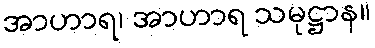
အာဟာရ၊ အာဟာရ သမုဋ္ဌာန။